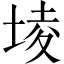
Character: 堎